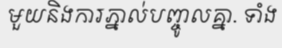
មួយនិងការភ្នាល់បញ្ចូលគ្នា. ទាំង